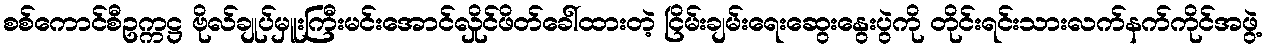
စစ်ကောင်စီဥက္ကဋ္ဌ ဗိုလ်ချုပ်မှူးကြီးမင်းအောင်လှိုင်ဖိတ်ခေါ်ထားတဲ့ ငြိမ်းချမ်းရေးဆွေးနွေးပွဲကို တိုင်းရင်းသားလက်နက်ကိုင်အဖွဲ့